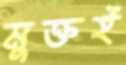
মুক্তই